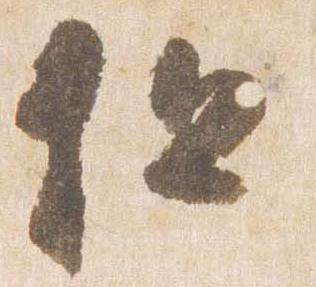
但